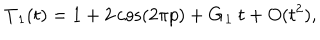
{ \bf T } _ { 1 } ( t ) = 1 + 2 \cos ( 2 \pi p ) + { \bf G } _ { 1 } \ t + O ( t ^ { 2 } ) ,